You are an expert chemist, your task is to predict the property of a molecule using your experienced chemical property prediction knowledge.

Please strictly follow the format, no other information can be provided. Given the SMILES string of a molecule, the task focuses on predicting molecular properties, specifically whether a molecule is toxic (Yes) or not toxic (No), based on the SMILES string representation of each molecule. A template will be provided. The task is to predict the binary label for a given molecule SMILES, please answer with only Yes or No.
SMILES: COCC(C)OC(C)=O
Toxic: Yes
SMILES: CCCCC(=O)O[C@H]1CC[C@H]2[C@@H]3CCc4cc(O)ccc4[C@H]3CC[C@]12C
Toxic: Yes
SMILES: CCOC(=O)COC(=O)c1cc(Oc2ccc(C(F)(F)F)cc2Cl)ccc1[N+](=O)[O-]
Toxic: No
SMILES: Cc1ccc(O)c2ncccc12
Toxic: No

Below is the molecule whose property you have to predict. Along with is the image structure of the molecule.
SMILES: C=C[Si](C)(C)O[Si](C)(C)C=C
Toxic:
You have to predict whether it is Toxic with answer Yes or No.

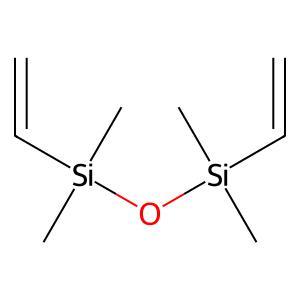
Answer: No